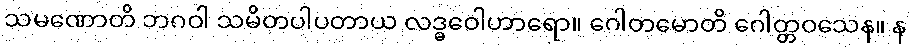
သမဏောတိ ဘဂဝါ သမိတပါပတာယ လဒ္ဓဝေါဟာရော။ ဂေါတမောတိ ဂေါတ္တဝသေန။ န